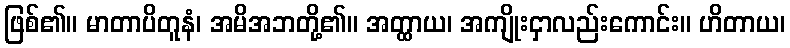
ဖြစ်၏။ မာတာပိတူနံ၊ အမိအဘတို့၏။ အတ္ထာယ၊ အကျိုးငှာလည်းကောင်း။ ဟိတာယ၊